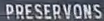
PRESERVONS